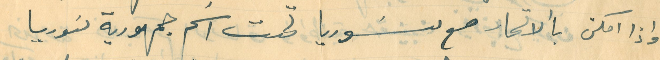
واذا امكن بالاتحاد مع سَوريا تحت اسَم جمهورية سَوريا